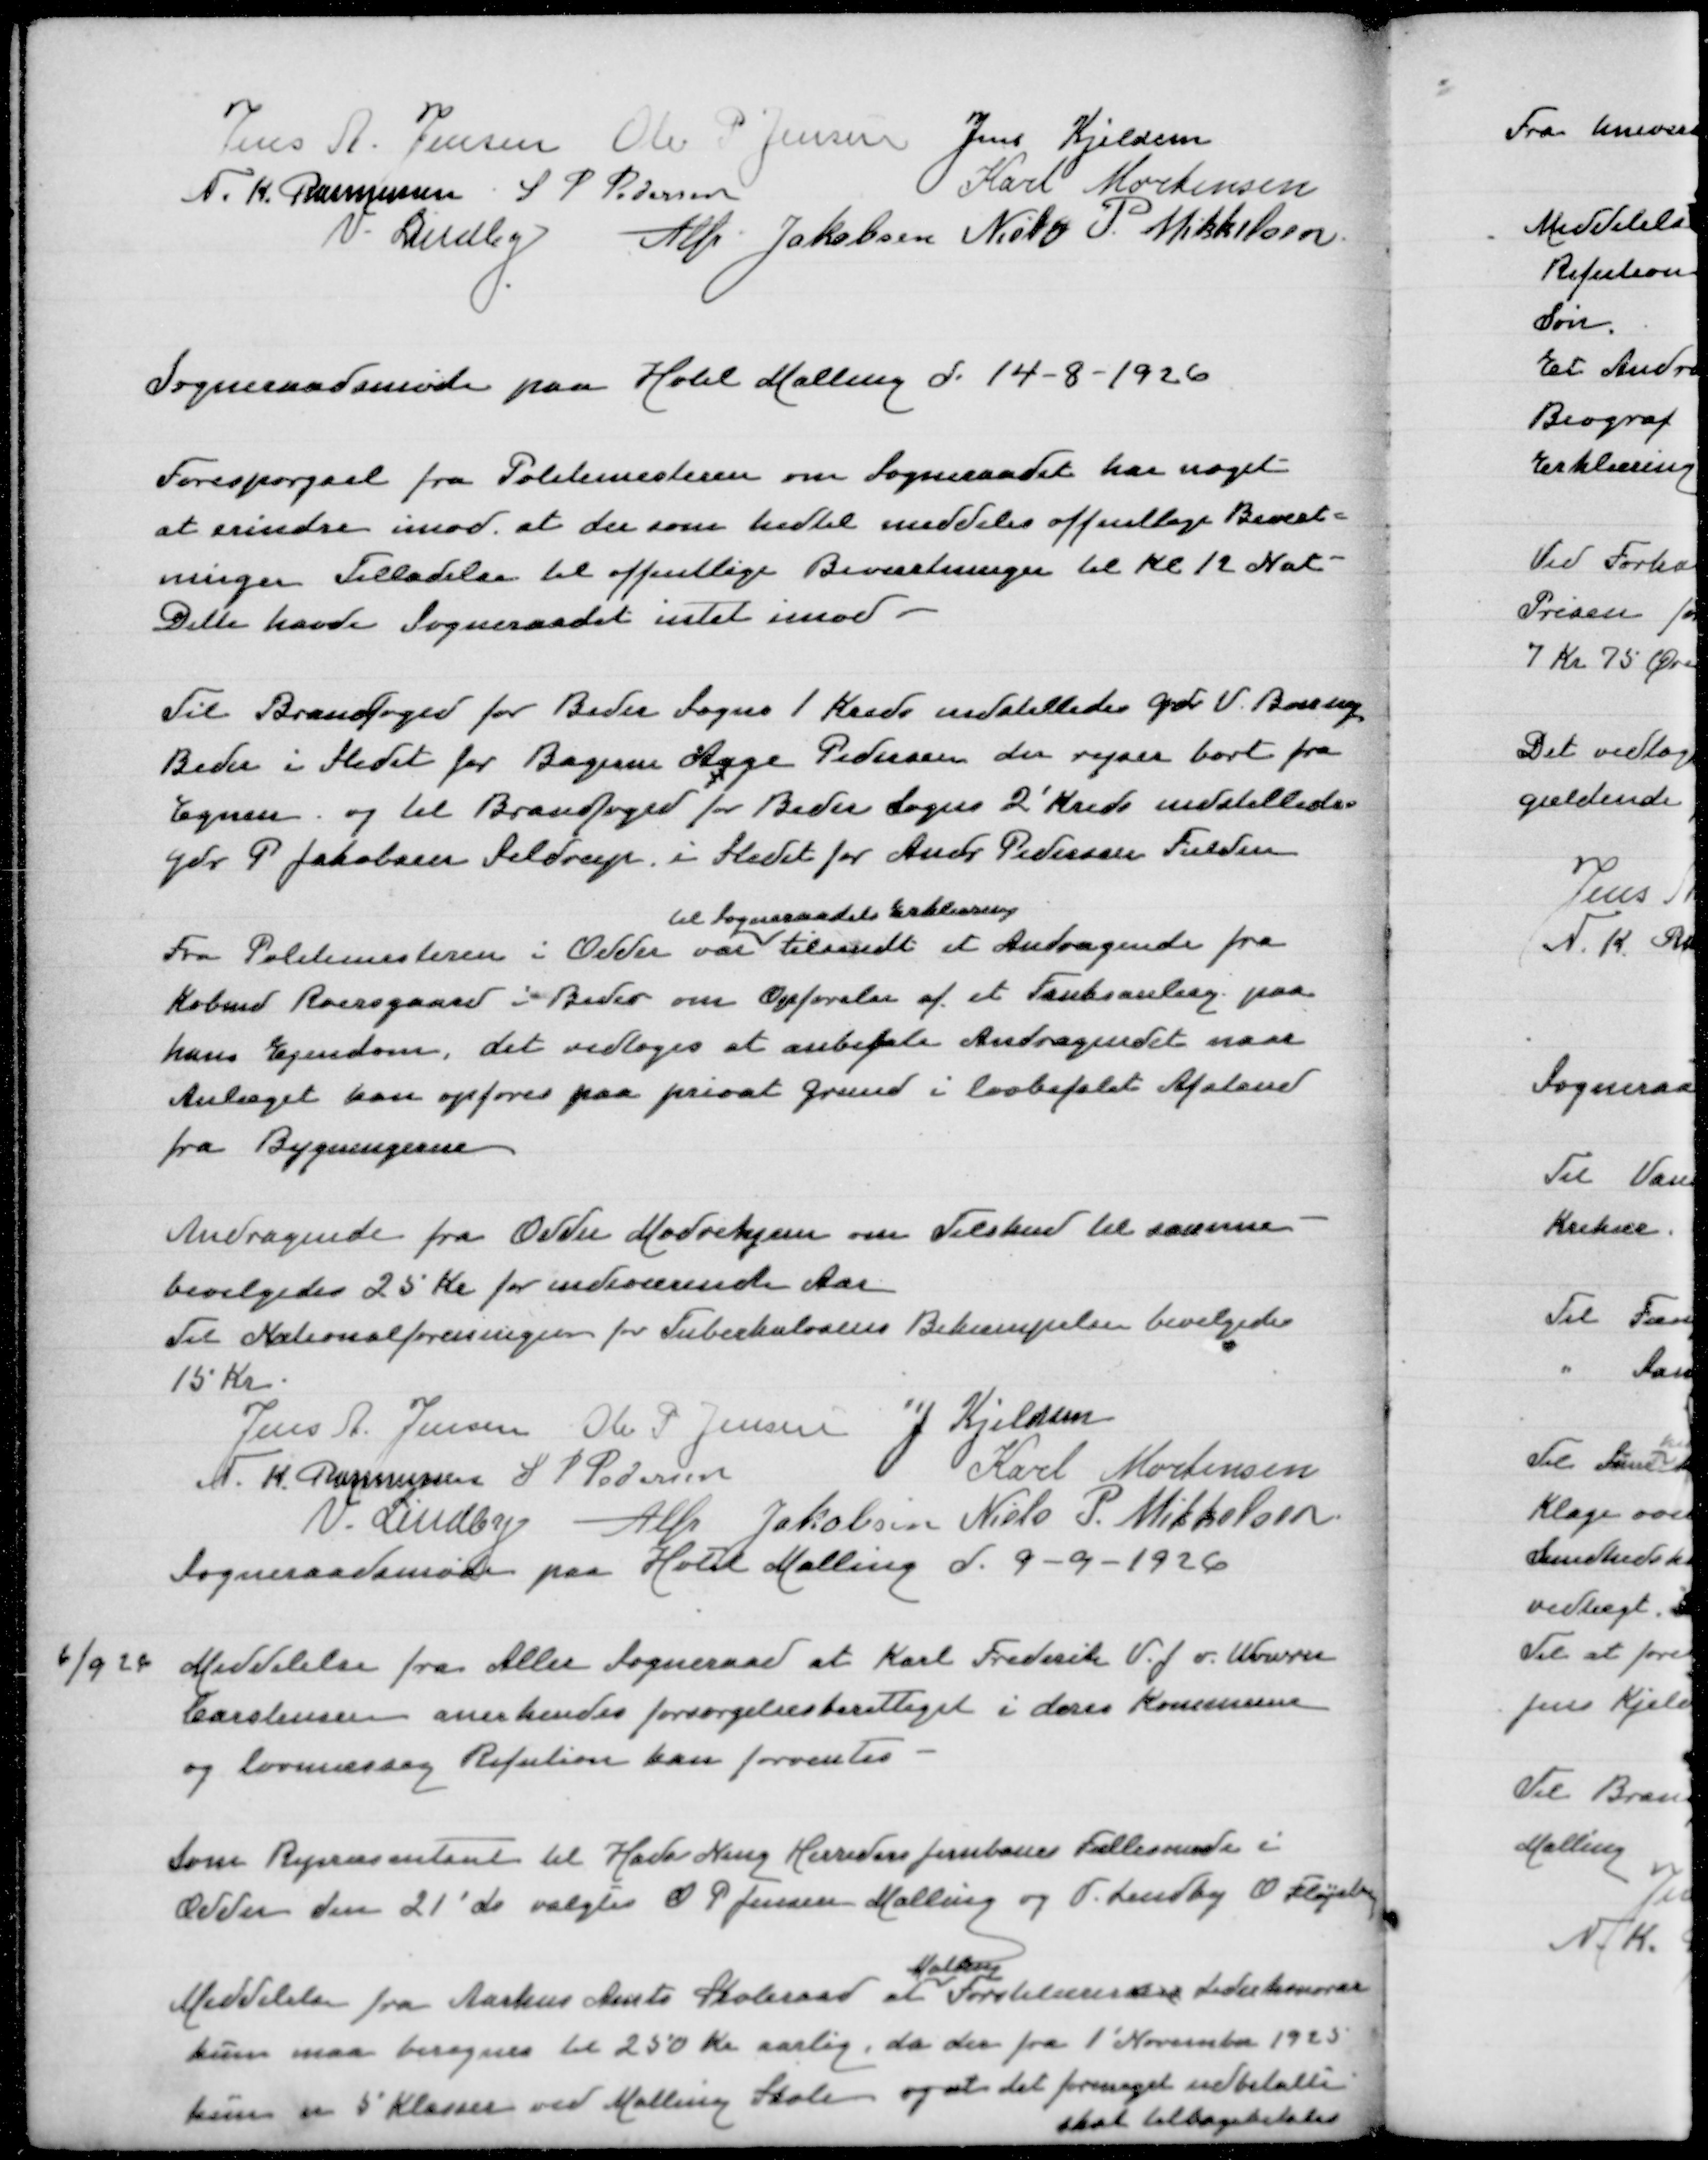
Transskription:
Jens A Jensen
Ole P Jensen
Jens Kjeldsen
N K Rasmussen
S P Pedersen
Karl Mortensen
V Lindby
Alfr Jakobsen
Niels P Mikkelsen

Sogneraadsmøde paa Hotel Malling d 14-8-1926

Forespørgsel fra Politimesteren om Sogneraadet har noget
at erindre mod at der som hidtil meddeles offentlige Bevært=
ninger Tilladelse til offentlige Beværrtniger til Kl. 12 Nat
Dette havde Sogneraadet intet imod

Til Brandfoged for Beder Sogns 1 Kreds indstilledes Gdr V Banney
Beder i Stedet for Magerm Aage Pedersen der rejser bort fra
Egnen og til Brandfoged for Beder Sogns 2' Kreds indstilledes
Gdr P Jakobsen Seldrup i Stedet for Andr Pedersen Fulden
til Sogneraadets Erklæring
Fra Politimesteren i Odder var tilsendt et Andragende fra
Købmd Roersgaard i Beder om Opførelse af et Tankanlæg paa
hans Ejendom, det vedtoges vat anbefale Andragendet naar
Anæget bare opførs paa privat Grund i lovbefalet Afstand
fra Bygningerne

Andragende fra Odder Mødrehjem om Tilskud til samme
bevilgedes 25 Kr for indeværende Aar
Til Nationalforenignen for Tuberkulosens Bekæmpelse bevilgedes
15 Kr
Jens A Jensen
Ole P Jensen
J Kjeldsen
N K Rasmussen
S P Pedersen
Karl Mortensen
V Lindby
Alfr Jakobsen
Niels P Mikkelsen
Sogneraadsmøde paa Hotel Malling d 9-9-1926

6/9 26

Meddelelse fra Aller Sogneraad at Karl Frederik V J v Wowres
Carstensen anerkendes forsørgelsesberettiget i deres Kommune
og lovmæssig Refusion kan forventes

Som Repræsentant til Hads NingHerreders Jernbane Fællesmøde i
Odder den 21' ds valgtes O P Jensen Malling og V Lindby O Fløjstrup
Malling
Meddelelse fra Aarhus Amts Skolerad at Førstelærernes Lederhonorar
kun maa beregnes til 250 Kr aarlig, da der fra 1' November 1925
kun er 5 Klasser ved Malling Skole og at det formeget udbetalte
skal tilbagebetales